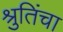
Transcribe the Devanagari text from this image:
श्रुतिंचा